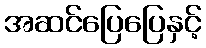
အဆင်ပြေပြေနှင့်